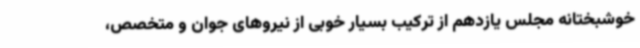
خوشبختانه مجلس یازدهم از ترکیب بسیار خوبی از نیروهای جوان و متخصص،